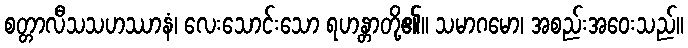
စတ္တာလီသသဟဿာနံ၊ လေးသောင်းသော ရဟန္တာတို့၏။ သမာဂမော၊ အစည်းအဝေးသည်။